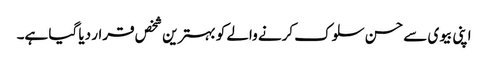
اپنی بیوی سے حسن سلوک کرنے والے کو بہترین شخص قرار دیا گیا ہے۔